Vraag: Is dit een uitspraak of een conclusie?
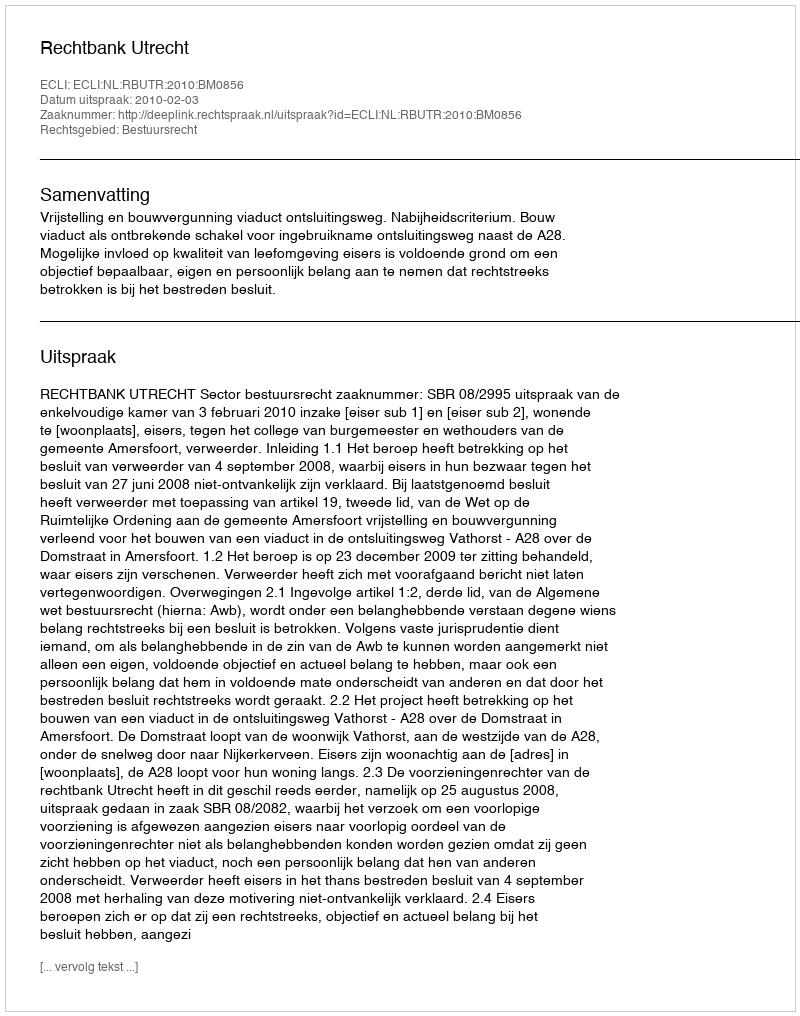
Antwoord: Uitspraak